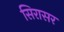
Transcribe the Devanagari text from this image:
सिरासर